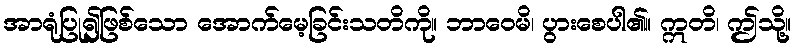
အာရုံပြု၍ဖြစ်သော အောက်မေ့ခြင်းသတိကို။ ဘာဝေမိ၊ ပွားစေပါ၏။ ဣတိ၊ ဤသို့။